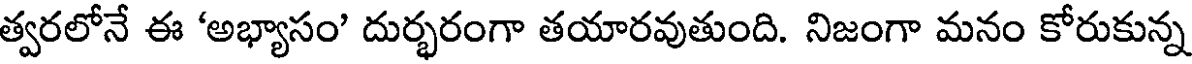
త్వరలోనే ఈ 'అభ్యాసం' దుర్భరంగా తయారవుతుంది. నిజంగా మనం కోరుకున్న